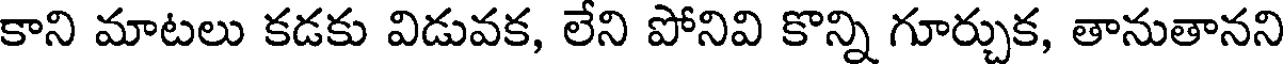
కాని మాటలు కడకు విడువక, లేని పోనివి కొన్ని గూర్చుక, తానుతానని